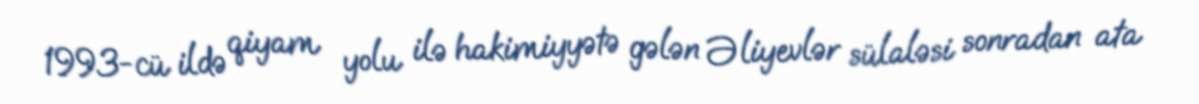
1993-cü ildə qiyam yolu ilə hakimiyyətə gələn Əliyevlər sülaləsi sonradan ata